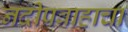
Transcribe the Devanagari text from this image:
नदीप्रवाहाचा